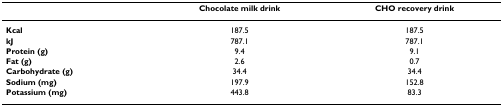
|  | Chocolate milk drink | CHO recovery drink |
 | --- | --- | --- |
 | Kcal | 187.5 | 187.5 |
 | kJ | 787.1 | 787.1 |
 | Protein (g) | 9.4 | 9.1 |
 | Fat (g) | 2.6 | 0.7 |
 | Carbohydrate (g) | 34.4 | 34.4 |
 | Sodium (mg) | 197.9 | 152.8 |
 | Potassium (mg) | 443.8 | 83.3 |